Leaving Certificate Examination (including Day School Certificate (Higher) General paper), 1931
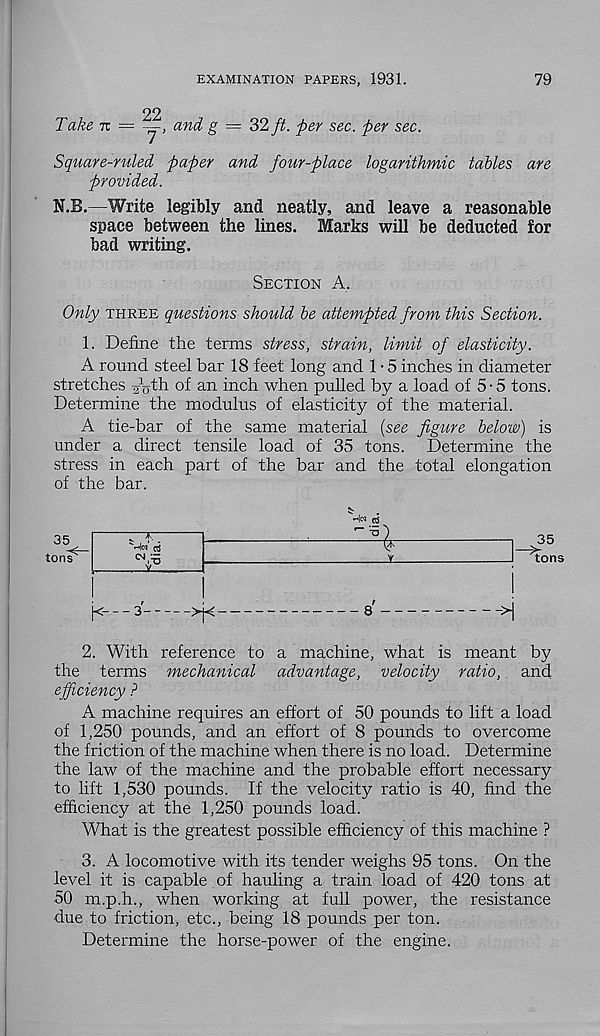
EXAMINATION PAPERS, 1931.
79
Take 7r =
22
7’
g — 32 ft. per sec. per sec.
Square-ruled paper and four-place logarithmic tables are
provided.
N.B.—Write legibly and neatly, and leave a reasonable
space between the lines. Marks will be deducted for
bad writing.
Section A.
Only three questions should be attempted from this Section.
1. Define the terms stress, strain, limit of elasticity.
A round steel bar 18 feet long and 1 • 5 inches in diameter
stretches Ajth of an inch when pulled by a load of 5 - 5 tons.
Determine the modulus of elasticity of the material.
A tie-bar of the same material {see figure below) is
under a direct tensile load of 35 tons. Determine the
stress in each part of the bar and the total elongation
of the bar.
35
tons
^-|N (lS
j<
s'
->j<
8'
>)
2. With reference to a machine, what is meant by
the terms mechanical advantage, velocity ratio, and
efficiency ?
A machine requires an effort of 50 pounds to lift a load
of 1,250 pounds, and an effort of 8 pounds to overcome
the friction of the machine when there is no load. Determine
the law of the machine and the probable effort necessary
to lift 1,530 pounds. If the velocity ratio is 40, find the
efficiency at the 1,250 pounds load.
What is the greatest possible efficiency of this machine ?
3. A locomotive with its tender weighs 95 tons. On the
level it is capable of hauling a train load of 420 tons at
50 m.p.h., when working at full power, the resistance
due to friction, etc., being 18 pounds per ton.
Determine the horse-power of the engine.